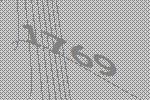
1769